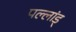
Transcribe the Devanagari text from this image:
पल्लांड्